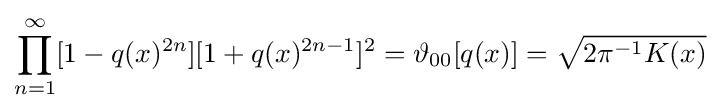
\prod _{n=1}^{\infty }[1-q(x)^{2n}][1+q(x)^{2n-1}]^{2}=\vartheta _{00}[q(x)]={\sqrt {2\pi ^{-1}K(x)}}